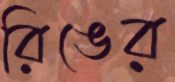
রিঙের